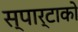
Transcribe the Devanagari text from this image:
स्पार्टाको